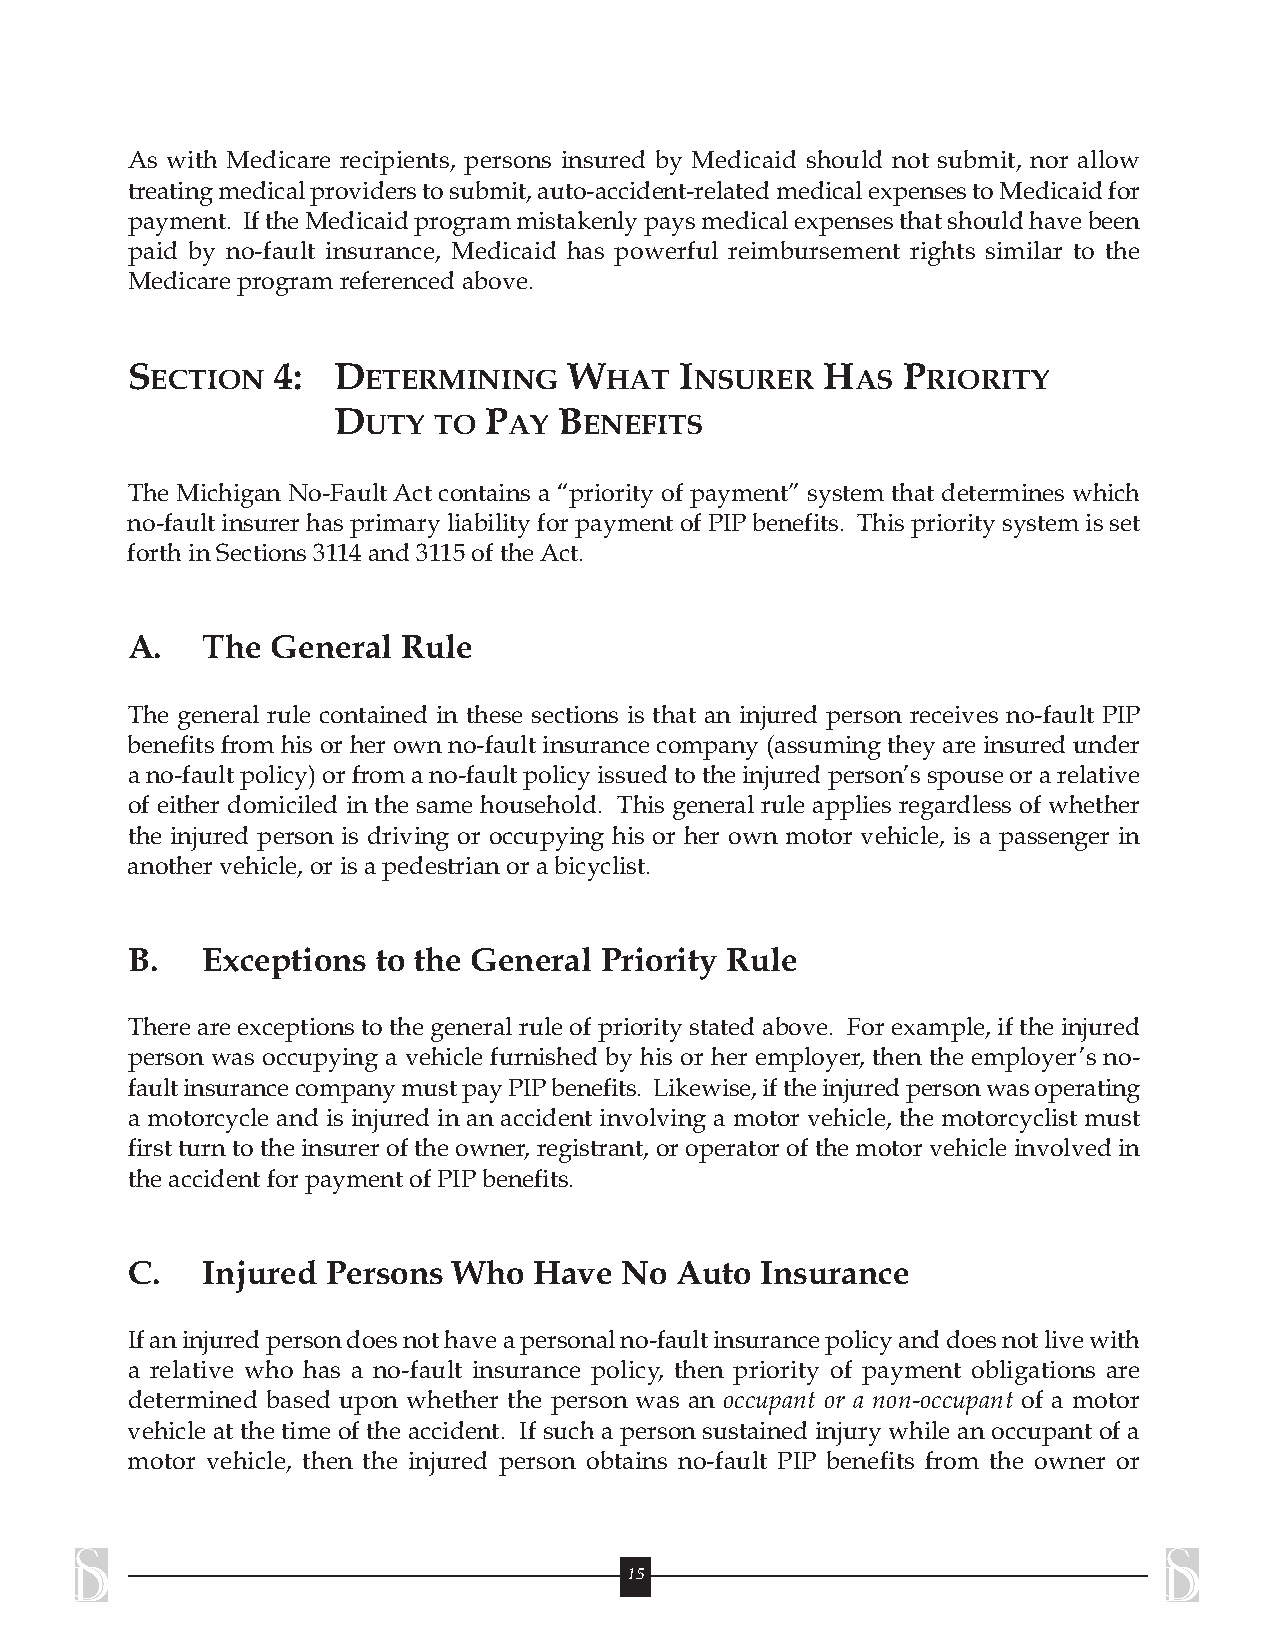
As with Medicare recipients, persons insured by Medicaid should not submit, nor allow
 treatingmedicalproviderstosubmit,auto-accident-relatedmedicalexpensestoMedicaidfor
 payment. IftheMedicaidprogrammistakenlypaysmedicalexpensesthatshouldhavebeen
 paid by no-fault insurance, Medicaid has powerful reimbursement rights similar to the
 Medicareprogramreferencedabove.
 SECTION   4:  DETERMINING     WHAT   INSURER   HAS  PRIORITY
 DUTY   TO PAY  BENEFITS
 The Michigan No-FaultAct contains a “priority of payment” system that determines which
 no-faultinsurerhasprimaryliabilityforpaymentofPIPbenefits. Thisprioritysystemisset
 forth in Sections3114and3115oftheAct.
 A.   The  General  Rule
 The general rule contained in these sections is that an injured person receives no-fault PIP
 benefits from his or her own no-fault insurance company (assuming they are insured under
 ano-faultpolicy)orfromano-faultpolicyissuedtotheinjuredperson’sspouseorarelative
 of either domiciled in the same household. This general rule applies regardless of whether
 the injured person is driving or occupying his or her own motor vehicle, is a passenger in
 another vehicle, or isapedestrian or abicyclist.
 B.   Exceptions  to the General Priority Rule
 There are exceptions to the general rule of priority stated above. For example, if the injured
 person was occupying a vehicle furnished by his or her employer, then the employer’s no-
 faultinsurancecompanymustpayPIPbenefits. Likewise,iftheinjuredpersonwasoperating
 a motorcycle and is injured in an accident involving a motor vehicle, the motorcyclist must
 first turn to the insurer of the owner, registrant, or operator of the motor vehicle involvedin
 the accident forpayment ofPIPbenefits.
 C.   Injured  Persons Who  Have  No  Auto Insurance
 Ifaninjuredpersondoesnothaveapersonalno-faultinsurancepolicyanddoesnotlivewith
 a relative who has a no-fault insurance policy, then priority of payment obligations are
 determined based upon whether the person was an occupant or a non-occupant of a motor
 vehicle at the time of the accident. If such a person sustained injury while an occupant of a
 motor vehicle, then the injured person obtains no-fault PIP benefits from the owner or
 15